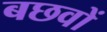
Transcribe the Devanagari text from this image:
बछवों